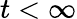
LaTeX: t<\infty